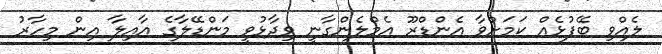
ލެއްވި ބޭފުޅެއް ކަމަށްވާ އެންޑްރޫ އެމްލެންގާނީ ވިދާޅުވީ މަންޑޭލާގެ އާއިލާ އިން މިހާރު